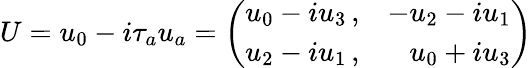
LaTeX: U=u_{0}-i\tau_{a}u_{a}=\left(\begin{array}{rr}{{u_{0}-iu_{3}\, ,}}&{{-u_{2}-iu_{1}}}\\ {{u_{2}-iu_{1}\, ,}}&{{u_{0}+iu_{3}}}\end{array}\right)